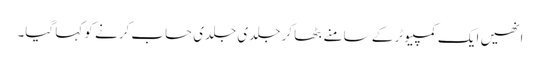
انھیں ایک کمپیوٹر کے سامنے بٹھا کر جلدی جلدی حساب کرنے کو کہا گیا۔